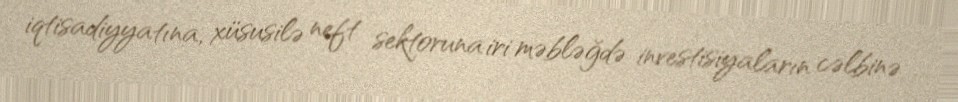
iqtisadiyyatına, xüsusilə neft sektoruna iri məbləğdə investisiyaların cəlbinə